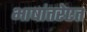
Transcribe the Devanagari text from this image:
भाषांतरेएत